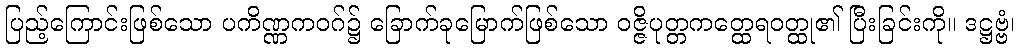
ပြည့်ကြောင်းဖြစ်သော ပကိဏ္ဏကဝဂ်၌ ခြောက်ခုမြောက်ဖြစ်သော ဝဇ္ဇိပုတ္တကတ္ထေရဝတ္ထု၏ ပြီးခြင်းကို။ ဒဋ္ဌဗ္ဗံ၊